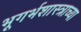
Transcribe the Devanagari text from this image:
भूगर्भशास्त्राच्या